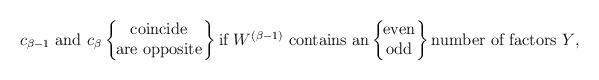
LaTeX: \begin{align*}{\mbox{$c_{\beta-1}$ and $c_\beta$}} \left\{ \!\!\!\begin{array}{c} {\mbox{coincide}} \\ {\mbox{are opposite}} \end{array} \!\!\right\}{\mbox{if $W^{(\beta-1)}$ contains an}} \left\{ \!\!\!\begin{array}{c} {\mbox{even}} \\ {\mbox{odd}} \end{array} \!\!\right\}{\mbox{number of factors $Y$,}}\end{align*}